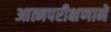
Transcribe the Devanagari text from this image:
आत्मपरीक्षणाने